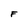
Character: F